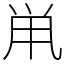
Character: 鼡